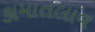
કામાતલાવ